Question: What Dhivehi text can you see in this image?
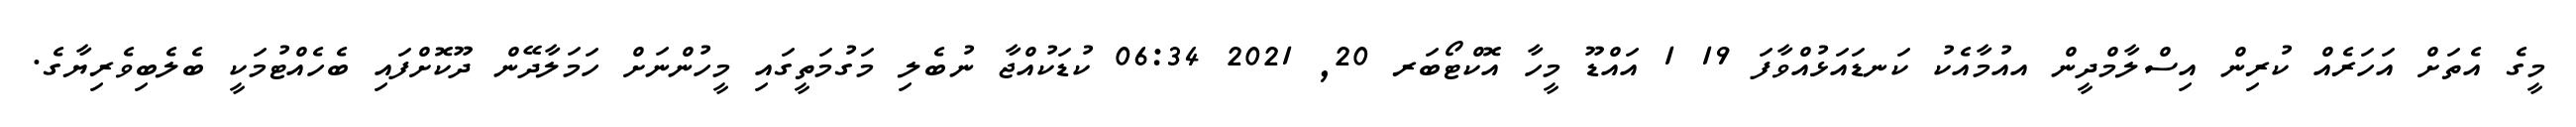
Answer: މީގެ އެތަށް އަހަރެއް ކުރިން އިސްލާމްދީން އއުމާއެކު ކަނޑައަޅުއްވާފަ 19 1 އައްޑޫ މީހާ އޮކްޓޯބަރ 20, 2021 06:34 ކުޑަކުއްޖާ ނުބެލި މަގުމަތީގައި މީހުންނަށް ހަމަލާދޭން ދޫކޮށްފައި ބެހެއްޓުމަކީ ބެލެބިވެރިޔާގެ.